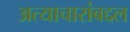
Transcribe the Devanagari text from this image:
अत्याचारांबद्दल